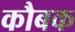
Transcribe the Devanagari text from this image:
कौबक